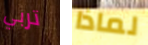
تربي لماذا